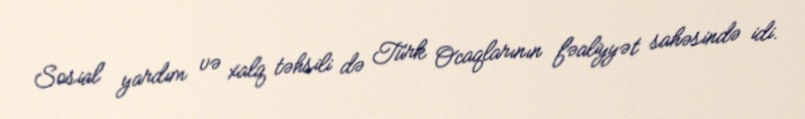
Sosial yardım və xalq təhsili də Türk Ocaqlarının fəaliyyət sahəsində idi.